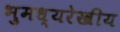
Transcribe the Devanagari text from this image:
भुमध्यरेखीय